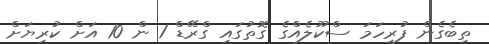
ތިބެގެން ފުރިހަމަ ސްކޫލެއްގެ ގޮތުގައި ގްރޭޑް 1 ން 10 އަށް ކުރިޔަށް